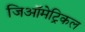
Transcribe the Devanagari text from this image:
जिऑमेट्रिकल